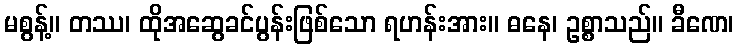
မစွန့်။ တဿ၊ ထိုအဆွေခင်ပွန်းဖြစ်သော ရဟန်းအား။ ဓနေ၊ ဥစ္စာသည်။ ခီဏေ၊